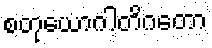
စတုယောဂါတိဂတော